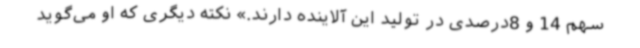
سهم 14 و 8‌درصدی در تولید این آلاینده دارند.» نکته دیگری که او می‌گوید